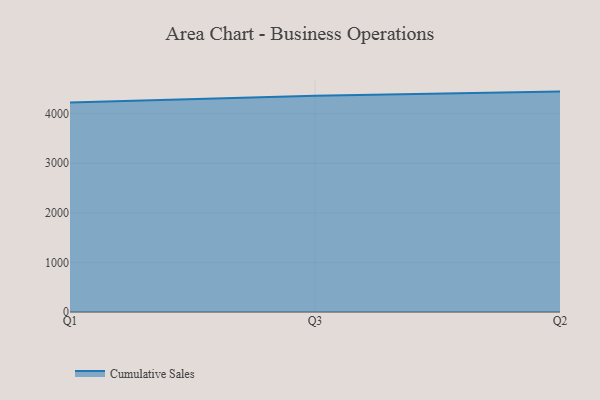
{"axis": {"x": "Quarter", "y": "Demand Index"}, "legend": ["Cumulative Sales"], "data": [{"x": "Q1", "y": 4227.4, "type": "Cumulative Sales"}, {"x": "Q3", "y": 4361.8, "type": "Cumulative Sales"}, {"x": "Q2", "y": 4446.2, "type": "Cumulative Sales"}]}